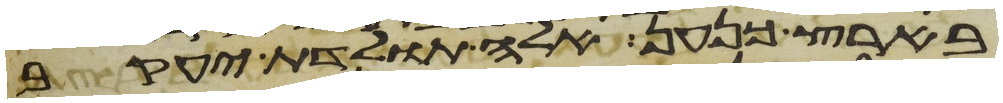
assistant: בארץ כנען אלה תולדת יעקב